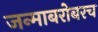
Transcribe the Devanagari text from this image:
जन्माबरोबरच